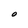
Character: O